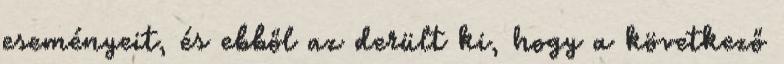
eseményeit, és ebből az derült ki, hogy a következő